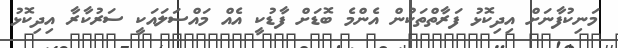
މަނިކުފާނަށް އިދިކޮޅު ފަރާތްތަކުން އެންމެ ބޮޑަށް ފާޑުކީ އެއް މައްސަލައަކީ ސަރުކާރާ އިދިކޮޅު